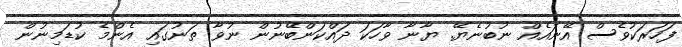
ފަހަރަކުވެސް އޭނައެއް ނުބުނެޔޭ. ޔާނާ ވާހަކަ ދައްކަންބޭނުން ނުވާ ތަނުގައި އެންމެ ކުޑަމިނުން